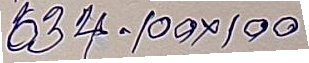
634 - 100 x 100